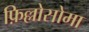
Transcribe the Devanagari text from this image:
फ़िल्लोसोमा